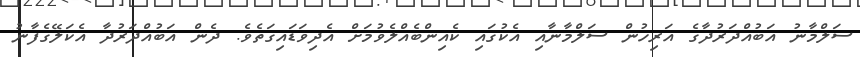
ސަލްމާނު އަބުއްދަރުދާގެ އަރިހުން ސަލްމާނާއި އެކުގައި ކެއިންބެއްލެވުމަށް އެދިވަޑައިގަތެވެ. ދެން އަބުއްދަރުދާ އެކަލޭގެފާނު